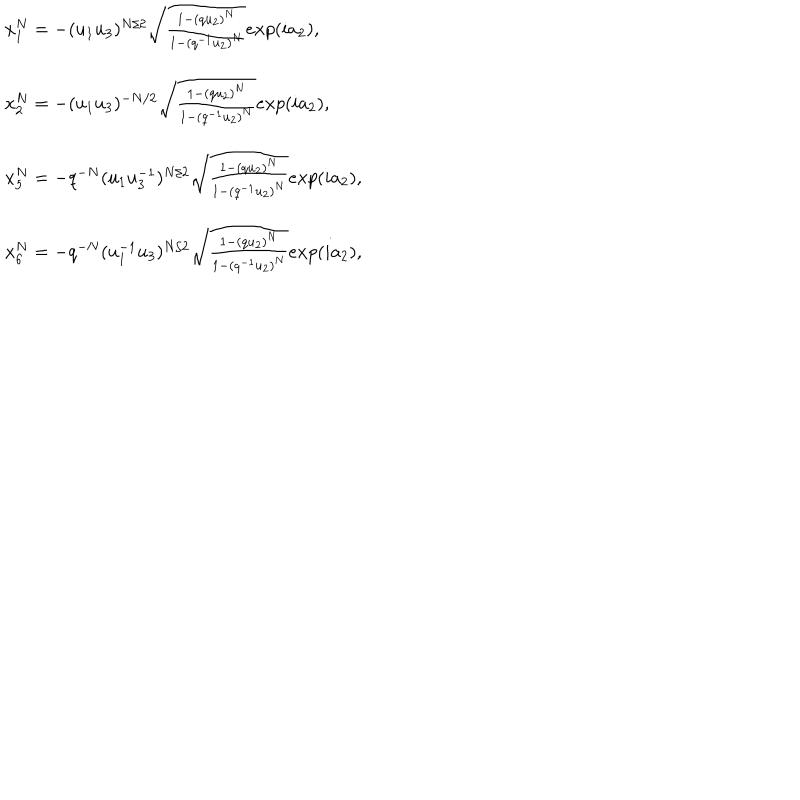
\begin{array} { l } { { x _ { 1 } ^ { N } = - ( u _ { 1 } u _ { 3 } ) ^ { N / 2 } \sqrt { \frac { 1 - ( q u _ { 2 } ) ^ { N } } { 1 - ( q ^ { - 1 } u _ { 2 } ) ^ { N } } } e x p ( i a _ { 2 } ) , } } \\ { { x _ { 2 } ^ { N } = - ( u _ { 1 } u _ { 3 } ) ^ { - N / 2 } \sqrt { \frac { 1 - ( q u _ { 2 } ) ^ { N } } { 1 - ( q ^ { - 1 } u _ { 2 } ) ^ { N } } } e x p ( i a _ { 2 } ) , } } \\ { { x _ { 5 } ^ { N } = - q ^ { - N } ( u _ { 1 } u _ { 3 } ^ { - 1 } ) ^ { N / 2 } \sqrt { \frac { 1 - ( q u _ { 2 } ) ^ { N } } { 1 - ( q ^ { - 1 } u _ { 2 } ) ^ { N } } } e x p ( i a _ { 2 } ) , } } \\ { { x _ { 6 } ^ { N } = - q ^ { - N } ( u _ { 1 } ^ { - 1 } u _ { 3 } ) ^ { N / 2 } \sqrt { \frac { 1 - ( q u _ { 2 } ) ^ { N } } { 1 - ( q ^ { - 1 } u _ { 2 } ) ^ { N } } } e x p ( i a _ { 2 } ) , } } \\ \end{array}